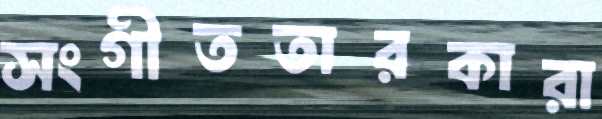
সংগীততারকারা